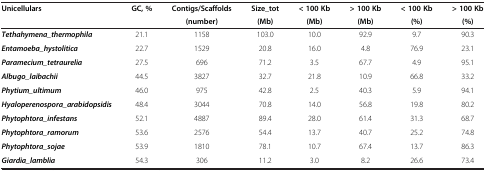
| Unicellulars | GC, % | Contigs/Scaffolds | Size_tot | < 100 Kb | > 100 Kb | < 100 Kb | > 100 Kb |
 |  |  | (number) | (Mb) | (Mb) | (Mb) | (%) | (%) |
 | --- | --- | --- | --- | --- | --- | --- | --- |
 | Tethahymena_thermophila | 21.1 | 1158 | 103.0 | 10.0 | 92.9 | 9.7 | 90.3 |
 | Entamoeba_hystolitica | 22.7 | 1529 | 20.8 | 16.0 | 4.8 | 76.9 | 23.1 |
 | Paramecium_tetraurelia | 27.5 | 696 | 71.2 | 3.5 | 67.7 | 4.9 | 95.1 |
 | Albugo_laibachii | 44.5 | 3827 | 32.7 | 21.8 | 10.9 | 66.8 | 33.2 |
 | Phytium_ultimum | 46.0 | 975 | 42.8 | 2.5 | 40.3 | 5.9 | 94.1 |
 | Hyaloperenospora_arabidopsidis | 48.4 | 3044 | 70.8 | 14.0 | 56.8 | 19.8 | 80.2 |
 | Phytophtora_infestans | 52.1 | 4887 | 89.4 | 28.0 | 61.4 | 31.3 | 68.7 |
 | Phytophtora_ramorum | 53.6 | 2576 | 54.4 | 13.7 | 40.7 | 25.2 | 74.8 |
 | Phytophtora_sojae | 53.9 | 1810 | 78.1 | 10.7 | 67.4 | 13.7 | 86.3 |
 | Giardia_lamblia | 54.3 | 306 | 11.2 | 3.0 | 8.2 | 26.6 | 73.4 |